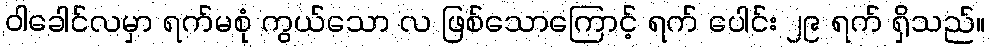
ဝါခေါင်လမှာ ရက်မစုံ ကွယ်သော လ ဖြစ်သောကြောင့် ရက် ပေါင်း ၂၉ ရက် ရှိသည်။